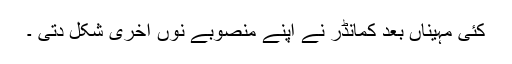
کئی مہیناں بعد کمانڈر نے اپنے منصوبے نوں آخری شکل دتی ۔